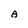
Character: A